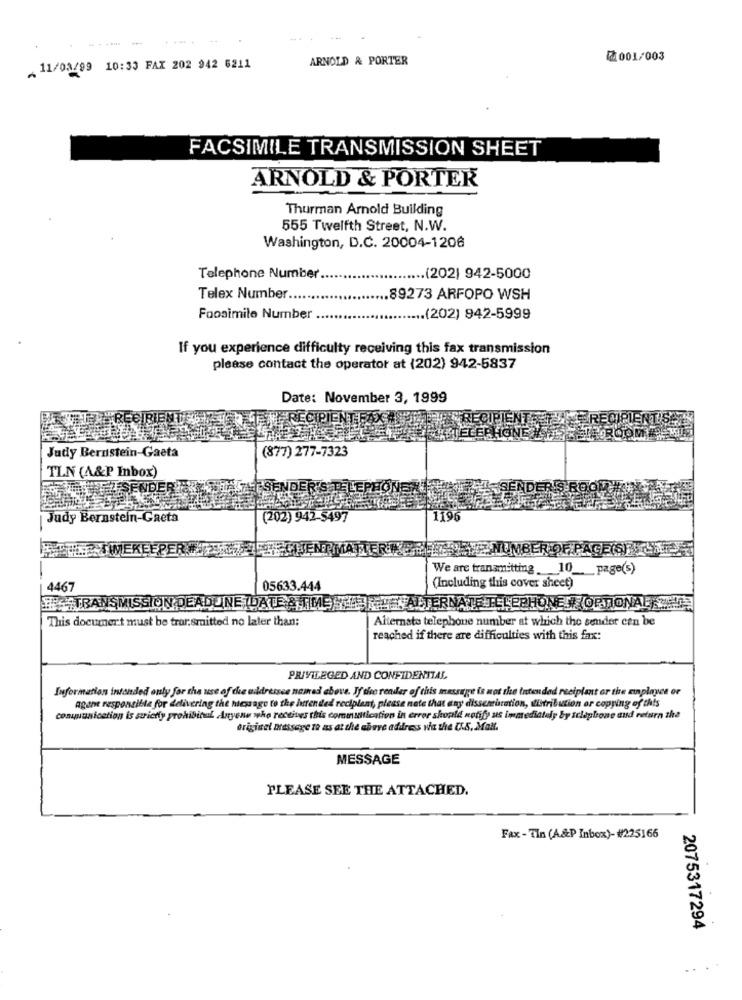
--- -
ARNOLD & PORTER
2001/003
.11/03/99 10:33 FAX 202 942 6211
FACSIMILE TRANSMISSION SHEET
ARNOLD & PORTER
Thurman Arnold Building
555 Twelfth Street, N.W.
Washington, D.C. 20004-1206
Telephone Number
....... (202) 942-5000
Telex Number.
89273 ARFOPO WSH
Foosimile Number
... (202) 942-5999
If you experience difficulty receiving this fax transmission
please contact the operator at (202) 942-5837
Date: November 3, 1999
(877) 277-7323
Judy Bernstein-Gaeta
TLN (A&P Inbox)
Judy Bernstein-Gaeta
(202) 942-5497
1196
UMBE
We are transmitting __ 10 __ page(s)
4467
05633.444
(Including this cover sheet)
TRANSMISSION DEADLINE IDATE& TIME STANIE
CHESALTERN
L'EPHONE OPTIONALE
This document must be trar. smitted no later than:
Alternato telephone number at which the sender cen be
reached if there are difficulties with this fax:
PRIVILEGED AND CONFIDENTIAL
Information intended only for the use of the addressee named above. If the reader of this message is not the inten ded recipient or the mnplayes or
agent responsible for delivering the hicssage to the intended recipient, please note that any dissemination, distribution or copying of this
communication is strictly prohibital Anyone who receives this communication in error should notify us immediately by telephone and return the
original Dressage to as at the above address wa the [.S. Mall.
MESSAGE
PLEASE SEE THE ATTACHED.
Fax - Tin (A&P Inbox)- #225166
2075317294
.. ..